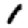
Digit: 1